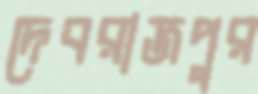
দেবরাজপুর